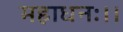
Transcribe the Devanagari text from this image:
महाधनः।।